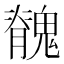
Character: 䰪